Investigations into the jail dietaries of the United Provinces with some observations on the influence of dietary on the physical development and well-being of the people of the United Provinces - Number 48
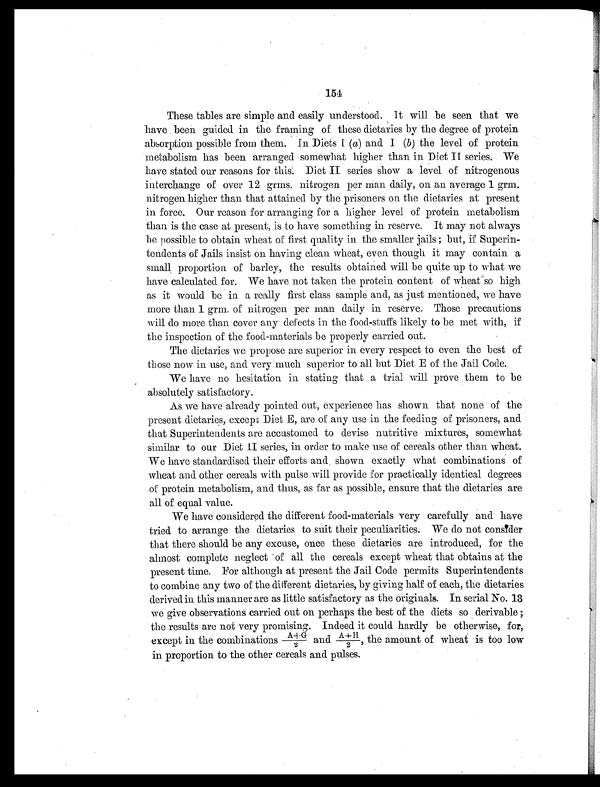
154
These tables are simple and easily understood. It will be seen that we
have been guided in the framing of these dietaries by the degree of protein
absorption possible from them. In Diets I ( a ) a n d I (
b ) t h e l e v e l o f p r o t e i n
metabolism has been arranged somewhat higher than in Diet II series. We
have stated our reasons for this. Diet II series show a level of nitrogenous
interchange of over 12 firms. nitrogen per man daily, on an average 1 grm.
nitrogen higher than that attained by the prisoners on the dietaries at present
in force. Our reason for arranging for a higher level of protein metabolism
than is the case at present, is to have something in reserve. It may not always
be possible to obtain wheat of first quality in the smaller jails but, if Superin
-tendents of Jails insist on having clean wheat, even though it may contain a
small proportion of barley, the results obtained will be quite up to what we
have calculated for. We have not taken the protein content of wheat so high
as it would be in a really first class sample and, as just mentioned, we have
more than 1 grm. of nitrogen per man daily in reserve. Those precautions
will do more than cover any defects in the food-stuffs likely to be met with, if
the inspection of the food-materials be properly carried out.
The dietaries we propose are superior in every respect to even the best of
those now in use, and very much superior to all but Diet E of the Jail Code.
We have no hesitation in stating that a trial will prove them to be
absolutely satisfactory.
As we have already pointed out, experience has shown that none of the
present dietaries, except Diet E, are of any use in the feeding of prisoners, and
that Superintendents are accustomed to devise nutritive mixtures, somewhat
similar to our Diet II series, in order to make use of cereals other than wheat.
We have standardised their efforts and shown exactly what combinations of
wheat and other cereals with pulse will provide for practically identical degrees
of protein metabolism, and. thus, as far as possible, ensure that the dietaries are
all of equal value.
We have considered the different food-materials very carefully and have
tried to arrange the dietaries to suit their peculiarities. We do not consider
that there should be any excuse, once these dietaries are introduced, for the
almost complete neglect of all the cereals except wheat that obtains at the
present time. For although at present the Jail Code permits Superintendents
to combine any two of the different dietaries, by giving half of each, the dietaries
derived in this manner are as little satisfactory as the originals. In serial No. 13
we give observations carried out on perhaps the best of the diets so derivable ;
the results are not very promising. Indeed it could hardly be otherwise, for,
except in the combinations A+G/2 and A+11/2, the amount of wheat is too low
in proportion to the other cereals and pulses.